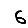
Digit: 6